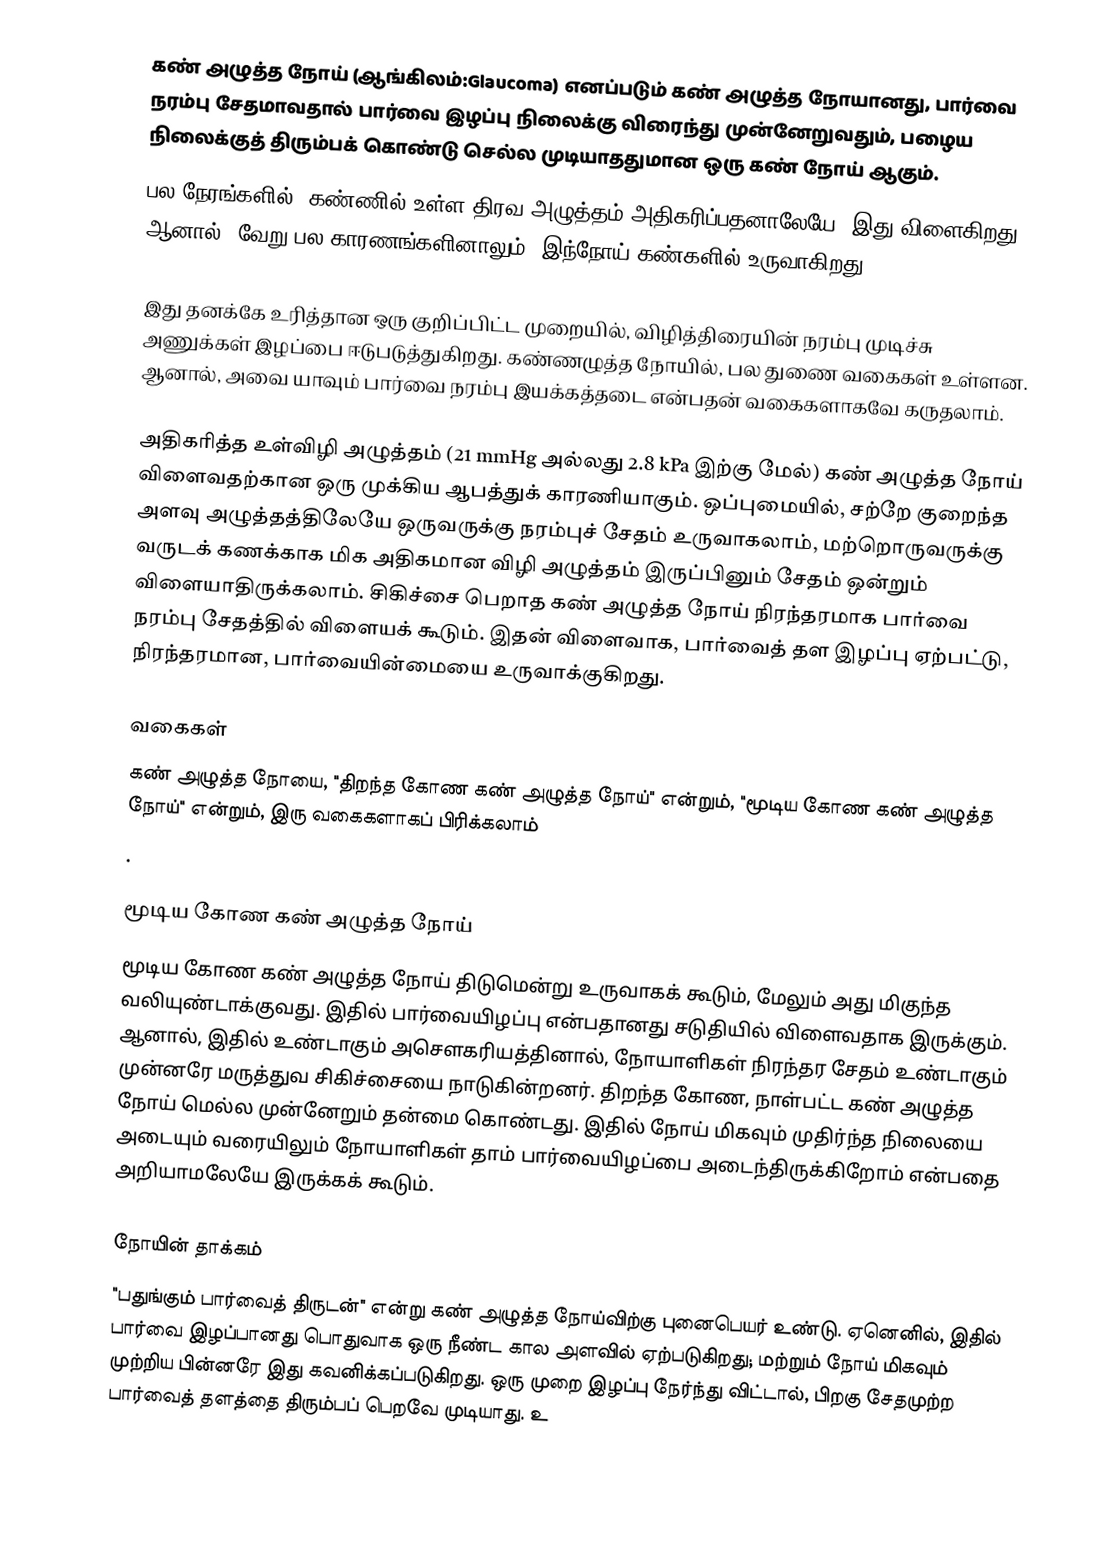
கண் அழுத்த நோய் (ஆங்கிலம்:Glaucoma) எனப்படும் கண் அழுத்த நோயானது, பார்வை நரம்பு சேதமாவதால் பார்வை இழப்பு நிலைக்கு விரைந்து முன்னேறுவதும், பழைய நிலைக்குத் திரும்பக் கொண்டு செல்ல முடியாததுமான ஒரு கண் நோய் ஆகும்.
பல நேரங்களில். கண்ணில் உள்ள திரவ அழுத்தம் அதிகரிப்பதனாலேயே, இது விளைகிறது. ஆனால், வேறு பல காரணங்களினாலும், இந்நோய் கண்களில் உருவாகிறது..

இது தனக்கே உரித்தான ஒரு குறிப்பிட்ட முறையில், விழித்திரையின் நரம்பு முடிச்சு அணுக்கள் இழப்பை ஈடுபடுத்துகிறது.  கண்ணழுத்த நோயில், பல துணை வகைகள் உள்ளன. ஆனால், அவை யாவும் பார்வை நரம்பு இயக்கத்தடை என்பதன் வகைகளாகவே கருதலாம்.

அதிகரித்த உள்விழி அழுத்தம் (21 mmHg அல்லது 2.8 kPa இற்கு மேல்) கண் அழுத்த நோய் விளைவதற்கான ஒரு முக்கிய ஆபத்துக் காரணியாகும். ஒப்புமையில், சற்றே குறைந்த அளவு அழுத்தத்திலேயே ஒருவருக்கு நரம்புச் சேதம் உருவாகலாம், மற்றொருவருக்கு வருடக் கணக்காக மிக அதிகமான விழி அழுத்தம் இருப்பினும் சேதம் ஒன்றும் விளையாதிருக்கலாம்.  சிகிச்சை பெறாத கண் அழுத்த நோய் நிரந்தரமாக பார்வை நரம்பு சேதத்தில் விளையக் கூடும். இதன் விளைவாக, பார்வைத் தள இழப்பு ஏற்பட்டு, நிரந்தரமான,  பார்வையின்மையை உருவாக்குகிறது.

வகைகள்
கண் அழுத்த நோயை,  "திறந்த கோண கண் அழுத்த நோய்" என்றும், "மூடிய கோண கண் அழுத்த நோய்" என்றும்,  இரு வகைகளாகப் பிரிக்கலாம்
.

மூடிய கோண கண் அழுத்த நோய்
மூடிய கோண கண் அழுத்த நோய் திடுமென்று உருவாகக் கூடும், மேலும் அது மிகுந்த வலியுண்டாக்குவது. இதில் பார்வையிழப்பு என்பதானது சடுதியில் விளைவதாக இருக்கும். ஆனால், இதில் உண்டாகும் அசௌகரியத்தினால், நோயாளிகள் நிரந்தர சேதம் உண்டாகும் முன்னரே மருத்துவ சிகிச்சையை நாடுகின்றனர்.  திறந்த கோண, நாள்பட்ட கண் அழுத்த நோய் மெல்ல முன்னேறும் தன்மை கொண்டது. இதில் நோய் மிகவும் முதிர்ந்த நிலையை அடையும் வரையிலும் நோயாளிகள் தாம் பார்வையிழப்பை அடைந்திருக்கிறோம் என்பதை அறியாமலேயே இருக்கக் கூடும்.

நோயின் தாக்கம்
"பதுங்கும் பார்வைத் திருடன்" என்று கண் அழுத்த நோய்விற்கு புனைபெயர் உண்டு. ஏனெனில், இதில் பார்வை இழப்பானது பொதுவாக ஒரு நீண்ட கால அளவில் ஏற்படுகிறது; மற்றும் நோய் மிகவும் முற்றிய பின்னரே இது கவனிக்கப்படுகிறது. ஒரு முறை இழப்பு நேர்ந்து விட்டால், பிறகு சேதமுற்ற பார்வைத் தளத்தை திரும்பப் பெறவே முடியாது. உ